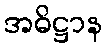
အဓိဋ္ဌာန